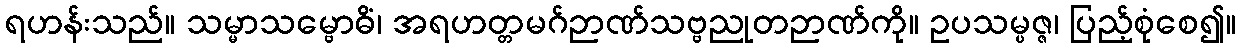
ရဟန်းသည်။ သမ္မာသမ္ဗောဓိံ၊ အရဟတ္တမဂ်ဉာဏ်သဗ္ဗညုတဉာဏ်ကို။ ဥပသမ္ပဇ္ဇ၊ ပြည့်စုံစေ၍။